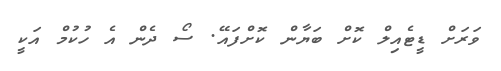
ވަރަށް ޑީޓެއިލް ކޮށް ބަޔާން ކޮށްފައޭ. ސޯ ދެން އެ ހުކުމް އަކީ